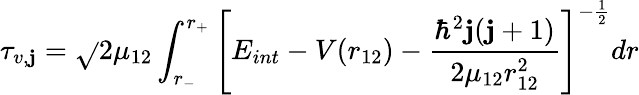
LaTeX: \tau_{v,\mathbf{j}}=\sqrt{}{{2\mu_{12}}}\int_{r_{-}}^{r_{+}}\left[E_{int}-V(r_{12})-\frac{{\hbar^{2}\mathbf{j}(\mathbf{j}+1)}}{{2\mu_{12}r_{12}^{2}}}\right]^{-\frac{{1}}{{2}}}dr